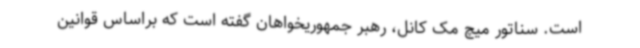
است. سناتور میچ مک کانل، رهبر جمهوریخواهان گفته است که براساس قوانین